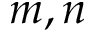
m , n